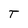
Character: T